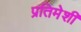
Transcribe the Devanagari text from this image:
प्रतिमेशी